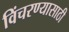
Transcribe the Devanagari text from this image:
विंचरण्यासाठी